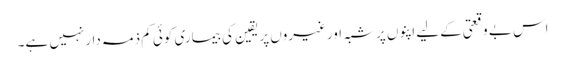
اس بے وقعتی کے لیے اپنوں پرشبہ اورغیروں پریقین کی بیماری کوئی کم ذمہ دارنہیں ہے۔